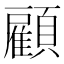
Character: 顧